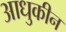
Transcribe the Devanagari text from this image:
आधुकीन